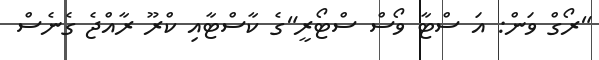
"ރޯގް ވަން: އަ ސްޓާ ވޯސް ސްޓޯރީ"ގެ ކާސްޓާއި ކްރޫ ރާއްޖެ ގެނެސް